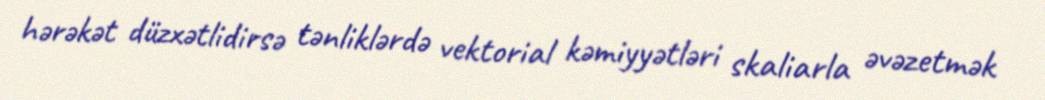
hərəkət düzxətlidirsə tənliklərdə vektorial kəmiyyətləri skaliarla əvəzetmək